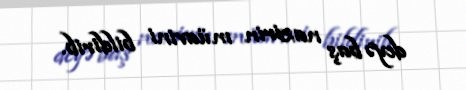
deyə baş nazirin müavini bildirib.